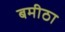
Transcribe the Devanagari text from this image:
बमीठा